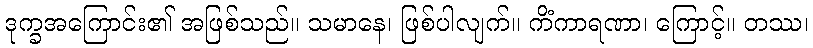
ဒုက္ခအကြောင်း၏ အဖြစ်သည်။ သမာနေ၊ ဖြစ်ပါလျက်။ ကိံကာရဏာ၊ ကြောင့်။ တဿ၊